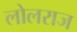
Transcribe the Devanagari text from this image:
लोलराज